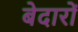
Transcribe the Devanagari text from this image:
बेदारों